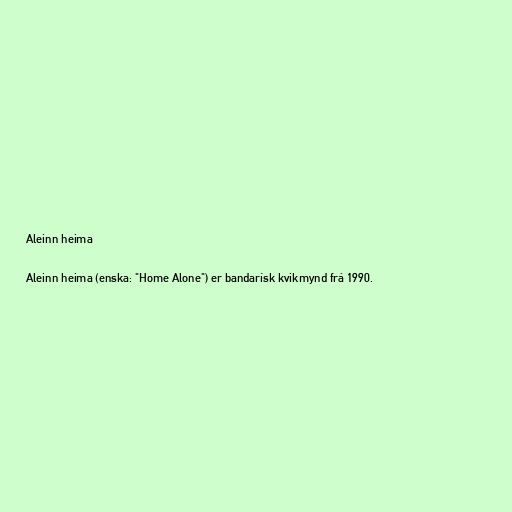
Aleinn heima

Aleinn heima (enska: "Home Alone") er bandarísk kvikmynd frá 1990.